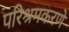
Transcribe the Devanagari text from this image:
परिश्रमकरणे